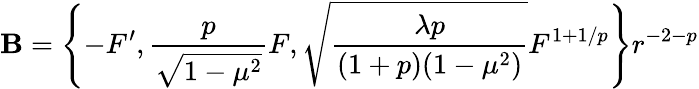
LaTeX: {\mathbf B}=\left\{ -{F}^{\prime},\frac{p}{\sqrt{1-\mu^{2}}}{F},\sqrt{\frac{\lambda p}{(1+p)(1-\mu^{2})}}{F}^{1+1/p}\right\} r^{-2-p}